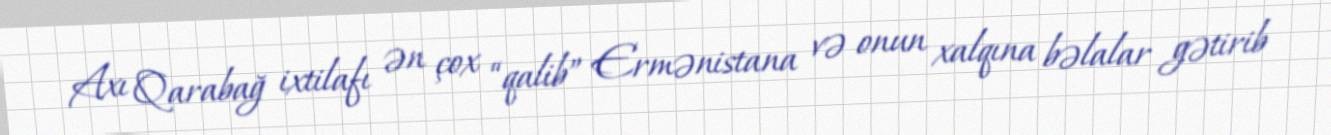
Axı Qarabağ ixtilafı ən çox “qalib” Ermənistana və onun xalqına bəlalar gətirib